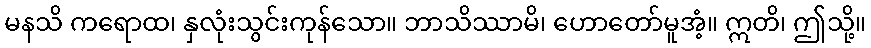
မနသိ ကရောထ၊ နှလုံးသွင်းကုန်သော။ ဘာသိဿာမိ၊ ဟောတော်မူအံ့။ ဣတိ၊ ဤသို့။